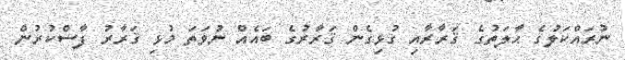
ނުރައްކަލުގެ ޙާލަތުގެ ޤަރާރާއި ގުޅިގެން ޤަރާރުގެ ބައެއް ނުވަތަ މުޅި ޤަރާރު ފާސްކުރުން